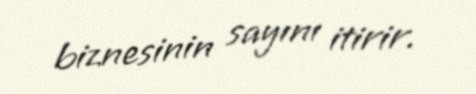
biznesinin sayını itirir.